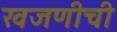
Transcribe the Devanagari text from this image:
खजणीची